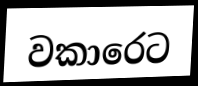
වකාරෙට